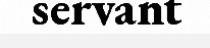
servant